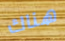
هناك